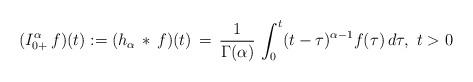
LaTeX: \begin{align*}(I^\alpha_{0+}\, f)(t) := (h_\alpha\, * \, f)(t) \, = \, \frac{1}{\Gamma(\alpha)}\, \int_0^t (t-\tau)^{\alpha-1}f(\tau)\, d\tau,\ t>0\end{align*}